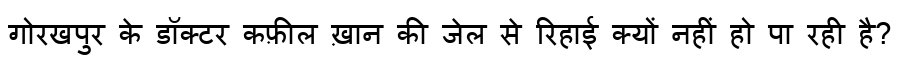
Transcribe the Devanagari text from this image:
गोरखपुर के डॉक्टर कफ़ील ख़ान की जेल से रिहाई क्यों नहीं हो पा रही है?